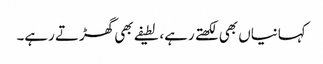
کہانیاں بھی لکھتے رہے، لطیفے بھی گھڑتے رہے۔